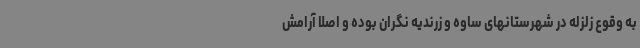
به وقوع زلزله در شهرستانهای ساوه و زرندیه نگران بوده و اصلا آرامش